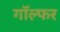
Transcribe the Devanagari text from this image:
गॉल्फर